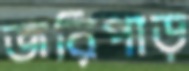
জরিপাড়